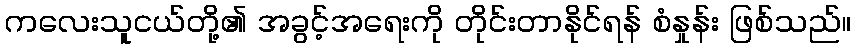
ကလေးသူငယ်တို့၏ အခွင့်အရေးကို တိုင်းတာနိုင်ရန် စံနှုန်း ဖြစ်သည်။